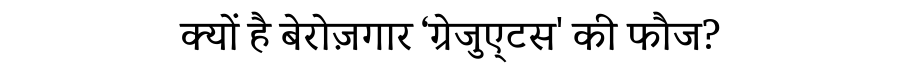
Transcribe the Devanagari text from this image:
क्यों है बेरोज़गार ‘ग्रेजुए्‍टस' की फौज?